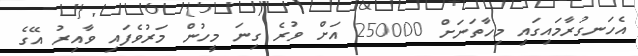
އެހަނގުރާމައިގައި މިހާތަނަށް 250000 އަށް ވުރެ ގިނަ މީހުން މަރުވެފައި ވާއިރު އޭގެ